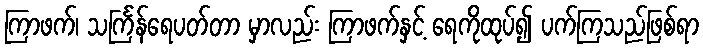
ကြာဖက်၊ သင်္ကြန်ရေပတ်တာ မှာလည်း ကြာဖက်နှင့် ရေကိုထုပ်၍ ပက်ကြသည်ဖြစ်ရာ